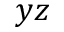
y z